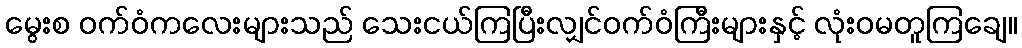
မွေးစ ဝက်ဝံကလေးများသည် သေးငယ်ကြပြီးလျှင်ဝက်ဝံကြီးများနှင့် လုံးဝမတူကြချေ။